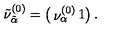
\tilde { \nu } _ { \tilde { \alpha } } ^ { ( 0 ) } = \left( \begin{matrix} { \nu _ { \alpha } ^ { ( 0 ) } } & { 1 } \\ \end{matrix} \right) .